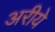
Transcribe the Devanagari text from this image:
अरीये